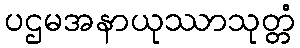
ပဌမအနာယုဿာသုတ္တံ